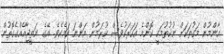
އާންމުން މަގުތަކަށް ނުކުތުމަކީ ކޮންމެ އަހަރަކުވެސް ކުރަމުން އަންނަ ކަމެކެވެ. އޭގެ ނަތީޖާއެއްގެގޮތުން